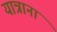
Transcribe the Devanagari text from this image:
यात्राना